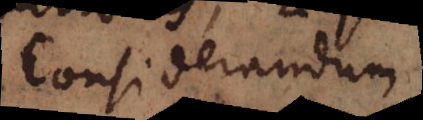
Considerandum